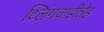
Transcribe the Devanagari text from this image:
थ्लिंगचाडीन्नेह